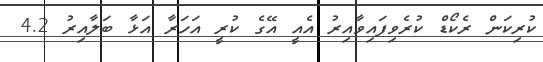
ކުރިކަން ރެކޯޑް ކުރެވިފައިވާއިރު އެއީ އޭގެ ކުރީ އަހަރާ އަޅާ ބަލާއިރު 4.2